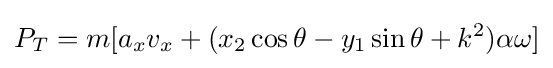
P_{T}=m[a_{x}v_{x}+(x_{2}\cos \theta -y_{1}\sin \theta +k^{2})\alpha \omega ]